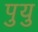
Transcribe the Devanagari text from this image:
पुयु